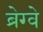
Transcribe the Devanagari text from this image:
ब्रेग्वे